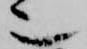
也